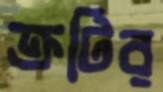
ক্রটির